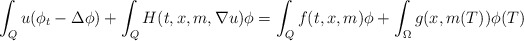
\begin{align*}\int_Q u (\phi_t - \Delta \phi) + \int_Q H(t,x,m,\nabla u)\phi = \int_Q f(t,x,m)\phi + \int_{\Omega} g(x,m(T))\phi(T)\end{align*}